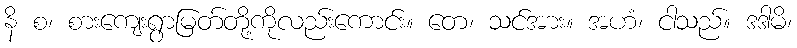
နိ စ၊ စားကျေးရွာမြတ်တို့ကိုလည်းကောင်း။ တေ၊ သင်အား။ အဟံ၊ ငါသည်။ ဒဒါမိ၊